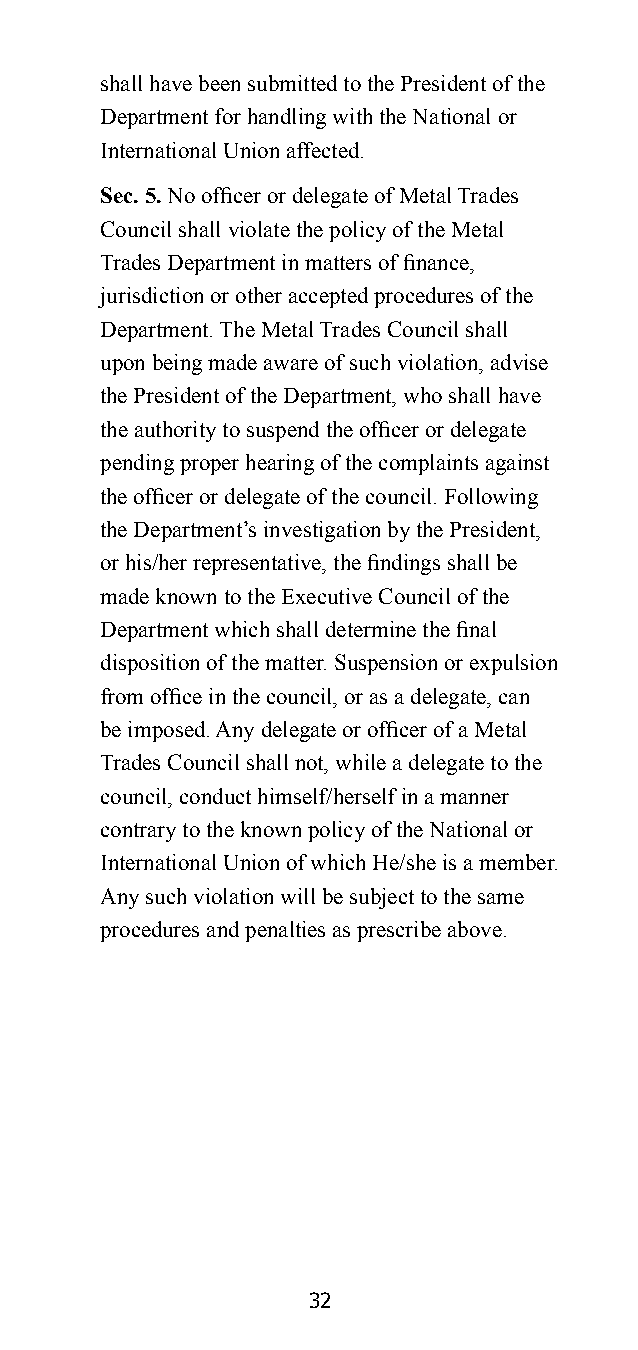
shall have been submitted to the President of the
 Department for handling with the National or
 International Union affected.
 Sec. 5. No officer or delegate of Metal Trades
 Council shall violate the policy of the Metal
 Trades Department in matters of finance,
 jurisdiction or other accepted procedures of the
 Department. The Metal Trades Council shall
 upon being made aware of such violation, advise
 the President of the Department, who shall have
 the authority to suspend the officer or delegate
 pending proper hearing of the complaints against
 the officer or delegate of the council. Following
 the Department’s investigation by the President,
 or his/her representative, the findings shall be
 made known to the Executive Council of the
 Department which shall determine the final
 disposition of the matter. Suspension or expulsion
 from office in the council, or as a delegate, can
 be imposed. Any delegate or officer of a Metal
 Trades Council shall not, while a delegate to the
 council, conduct himself/herself in a manner
 contrary to the known policy of the National or
 International Union of which He/she is a member.
 Any such violation will be subject to the same
 procedures and penalties as prescribe above.
 32